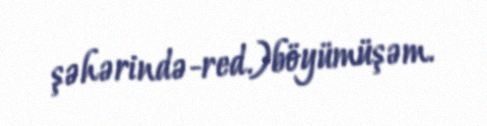
şəhərində-red.)böyümüşəm.